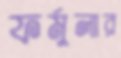
ফর্মুলার